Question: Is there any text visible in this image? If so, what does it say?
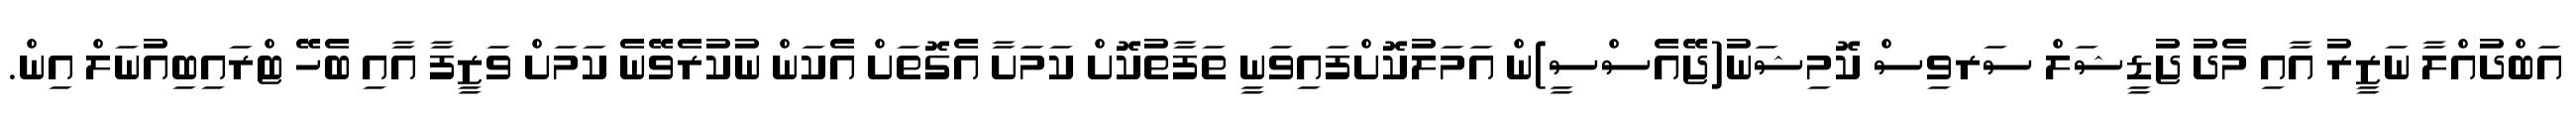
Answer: އަބްދުއްލާ ނަޒީރު އާއި މެދު ޖުޑީޝަލް ސަރވިސް ކޮމިޝަނު(ޖޭއެސްސީ)ން އަމަލުކޮށްފައިވަނީ ތަފާތުކޮށް ކަމަށާ އެގޮތަށް އެކަން ނުކުރެވޭނެ ކަމަށް ވަޒީފާ އާއި ބެހޭ ޓްރައިބިއުނަލް އިން.